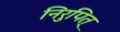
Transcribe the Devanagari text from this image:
निरुपित्